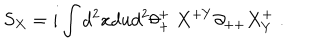
LaTeX: S _ { X } = i \int d ^ { 2 } x d u d ^ { 2 } \theta _ { + } ^ { + } \; X ^ { + Y } \partial _ { + + } X _ { Y } ^ { + } \; .